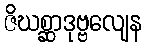
ဇိဃစ္ဆာဒုဗ္ဗလျေန